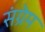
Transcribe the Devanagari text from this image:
संग्रेम